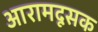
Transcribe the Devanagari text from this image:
आरामदूसक